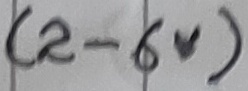
Text: (2-6V)